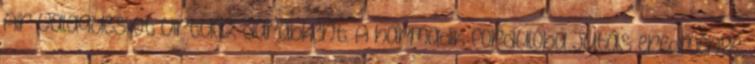
Air valaques-ot virtuóz darabként. A harmadik fordulóba jutás eredménye,